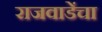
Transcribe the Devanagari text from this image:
राजवाडेंचा